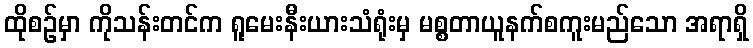
ထိုစဉ်မှာ ကိုသန်းတင်က ရူမေးနီးယားသံရုံးမှ မစ္စတာယူနက်စကူးမည်သော အရာရှိ